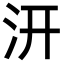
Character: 汧